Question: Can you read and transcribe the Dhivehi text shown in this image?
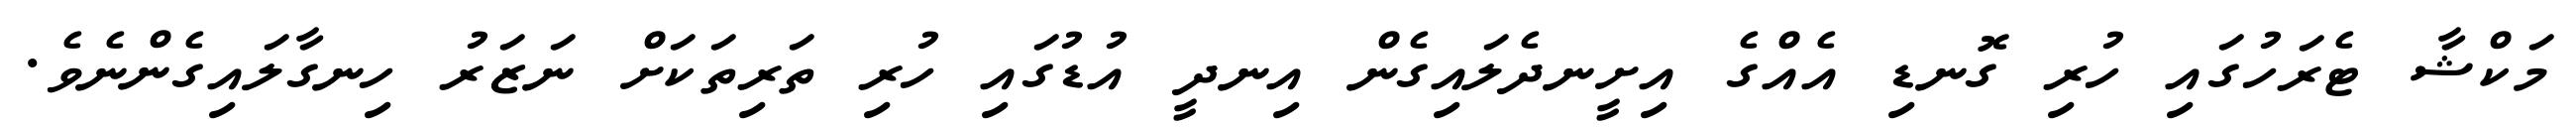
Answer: މަކްޝާ ޓެރަހުގައި ހުރި ގޮނޑި އެއްގެ އިށީނދެލައިގެން އިނދީ އުޑުގައި ހުރި ތަރިތަކަށް ނަޒަރު ހިނގާލައިގެންނެވެ.